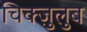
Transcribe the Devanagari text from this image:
चिक्ज़ुलुब